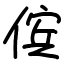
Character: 傧